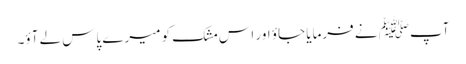
آپﷺ نے فرمایا جاؤ اور اس مشک کو میرے پاس لے آؤ۔